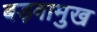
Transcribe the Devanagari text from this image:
बड़वामुख